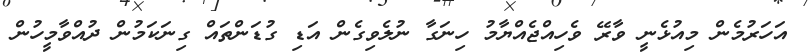
އަހަރުމެން މިއުޅެނީ ވާރޭ ވެހިއްޖެއްޔާމު ހިނަގާ ނުލެވިގެން އަޑި ގުޑަންތައް ގިނަކަމުން ދުއްވާމީހުން